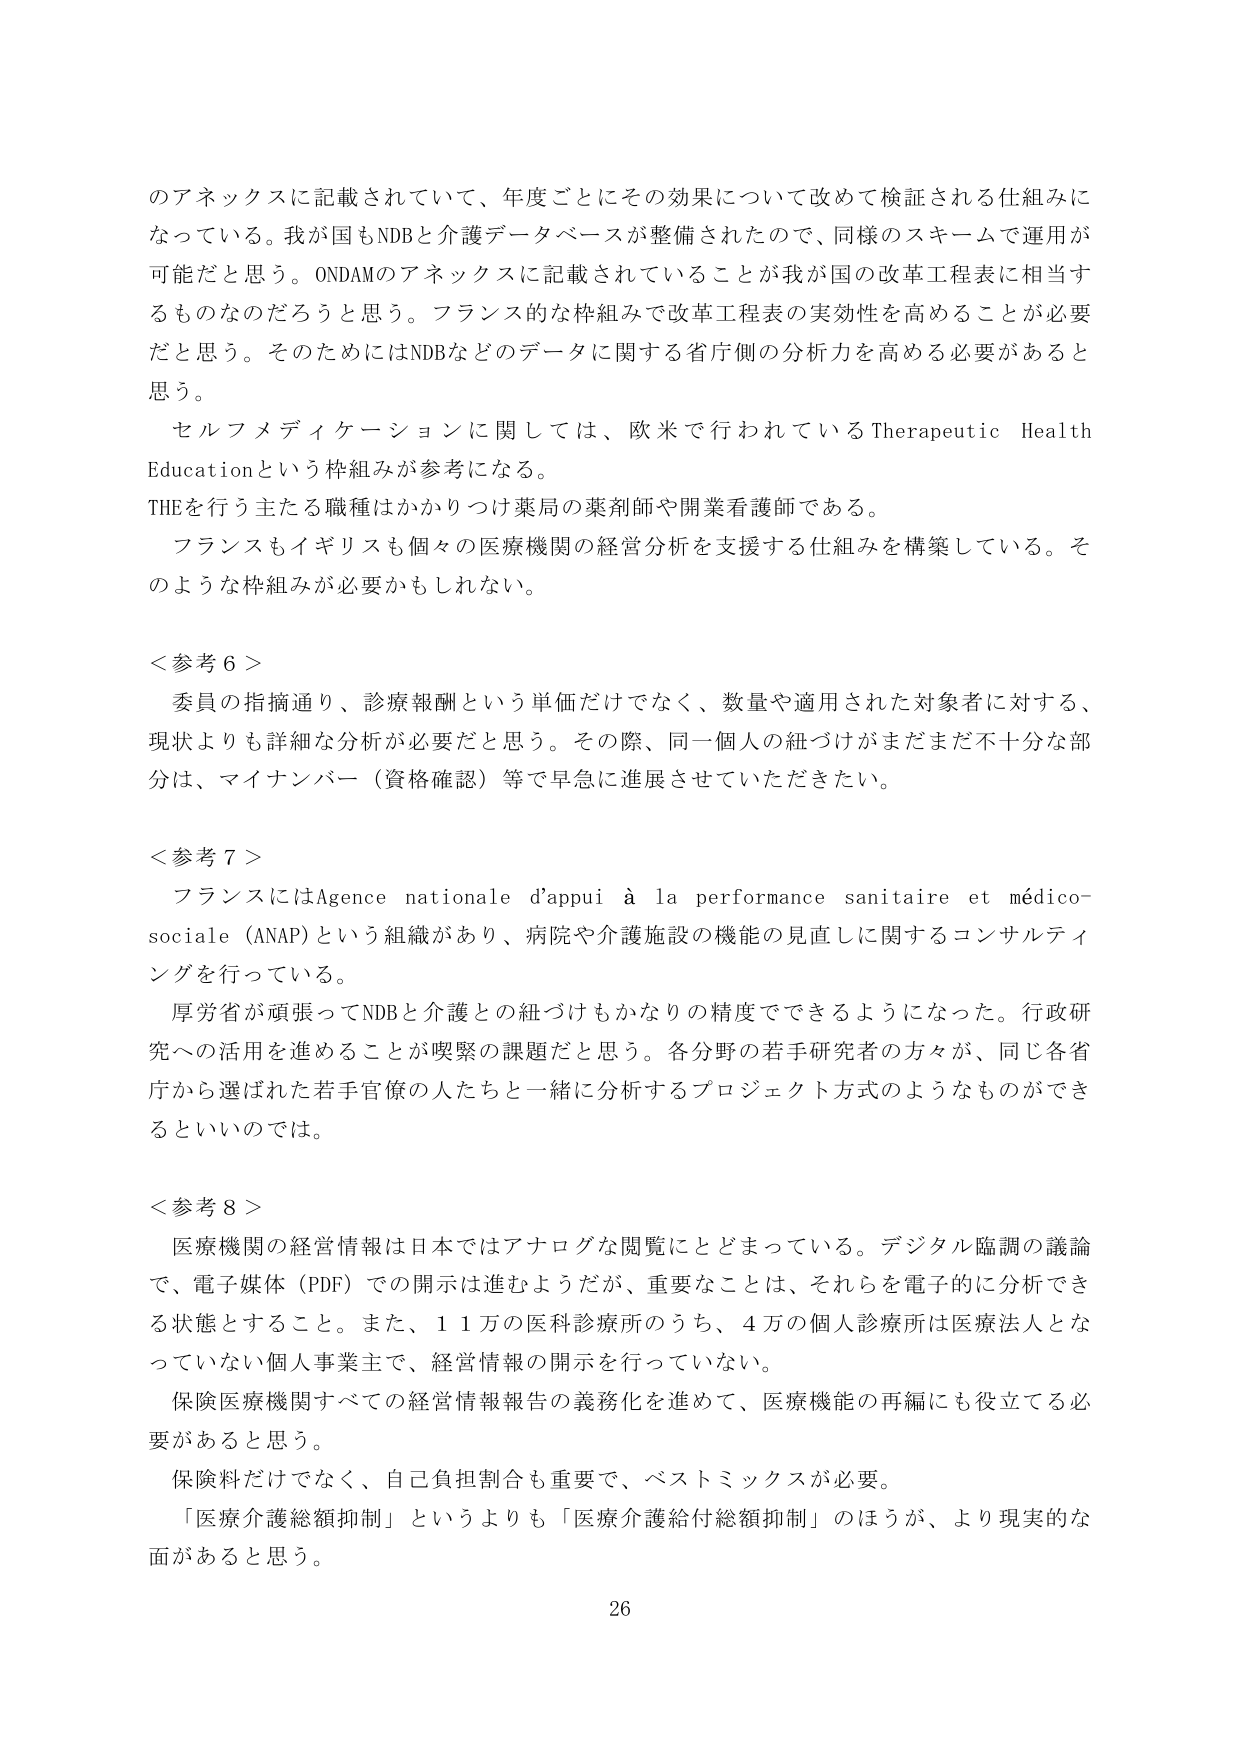
のアネックスに記載されていて、年度ごとにその効果について改めて検証される仕組みになっている。我が国もNDBと介護データベースが整備されたので、同様のスキームで運用が可能だと思う。ONDAMのアネックスに記載されていることが我が国の改革工程表に相当するものなのだろうと思う。フランス的な枠組みで改革工程表の実効性を高めることが必要だと思う。そのためにはNDBなどのデータに関する省庁側の分析力を高める必要があると思う。

セルフメディケーションに関しては、欧米で行われているTherapeutic Health Educationという枠組みが参考になる。
THEを行う主たる職種はかかりつけ薬局の薬剤師や開業看護師である。
フランスもイギリスも個々の医療機関の経営分析を支援する仕組みを構築している。そのような枠組みが必要かもしれない。

＜参考６＞
委員の指摘通り、診療報酬という単価だけでなく、数量や適用された対象者に対する、現状よりも詳細な分析が必要だと思う。その際、同一個人の紐づけがまだまだ不十分な部分は、マイナンバー（資格確認）等で早急に進展させていただきたい。

＜参考７＞
フランスにはAgence nationale d'appui à la performance sanitaire et médico-sociale（ANAP）という組織があり、病院や介護施設の機能の見直しに関するコンサルティングを行っている。
厚労省が頑張ってNDBと介護との紐づけもかなりの精度でできるようになった。行政研究への活用を進めることが喫緊の課題だと思う。各分野の若手研究者の方々が、同じ各省庁から選ばれた若手官僚の人たちと一緒に分析するプロジェクト方式のようなものができるといいのでは。

＜参考８＞
医療機関の経営情報は日本ではアナログな閲覧にとどまっている。デジタル臨調の議論で、電子媒体（PDF）での開示は進むようだが、重要なことは、それらを電子的に分析できる状態とすること。また、１１万の医科診療所のうち、４万の個人診療所は医療法人となっていない個人事業主で、経営情報の開示を行っていない。
保険医療機関すべての経営情報報告の義務化を進めて、医療機能の再編にも役立てる必要があると思う。
保険料だけでなく、自己負担割合も重要で、ベストミックスが必要。
「医療介護総額抑制」というよりも「医療介護給付総額抑制」のほうが、より現実的な面があると思う。

26